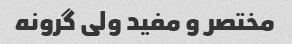
مختصر و مفید ولی گرونه